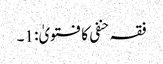
فقہ حنفی کا فتویٰ: 1۔